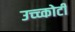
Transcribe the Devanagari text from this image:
उच्च्कोटी